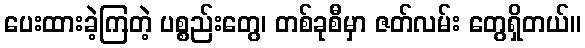
ပေးထားခဲ့ကြတဲ့ ပစ္စည်းတွေ၊ တစ်ခုစီမှာ ဇတ်လမ်း တွေရှိတယ်။